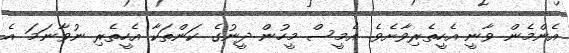
އެންމެން ވާނީ އެހީތެރިވާށެވެ. އެމީސް މީހުން ދީނުގެ ކަންތަކާ އެހީތެރި ނުވާނަމަ އެ